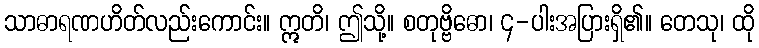
သာဓာရဏဟိတ်လည်းကောင်း။ ဣတိ၊ ဤသို့။ စတုဗ္ဗိဓော၊ ၄-ပါးအပြားရှိ၏။ တေသု၊ ထို